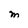
Character: M